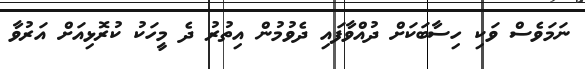
ނަމަވެސް ވަކި ހިސާބަކަަށް ދުއްވާފައި ދެވުމުން އިތުރު ދެ މީހަކު ކުރޮޅިއަށް އަރުވާ